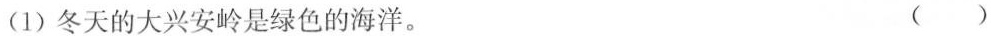
(1)冬天的大兴安岭是绿色的海洋。 ()